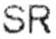
SR